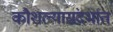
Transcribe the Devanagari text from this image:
कौशल्यासंदर्भात